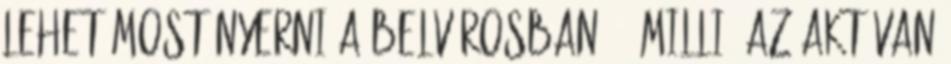
lehet most nyerni a Belvárosban 37 millió az aktívan